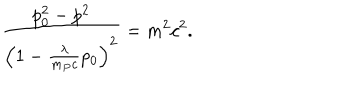
\frac { p _ { 0 } ^ { 2 } - p ^ { 2 } } { \left( 1 - \frac { \lambda } { m _ { P } c } p _ { 0 } \right) ^ { 2 } } = m ^ { 2 } c ^ { 2 } .